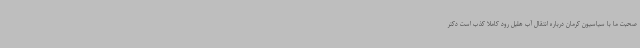
صحبت ما با سیاسیون کرمان درباره انتقال آب هلیل رود کاملا کذب است دکتر